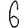
Digit: 6